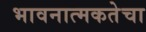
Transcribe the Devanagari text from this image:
भावनात्मकतेचा